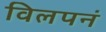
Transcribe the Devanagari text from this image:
विलपनं